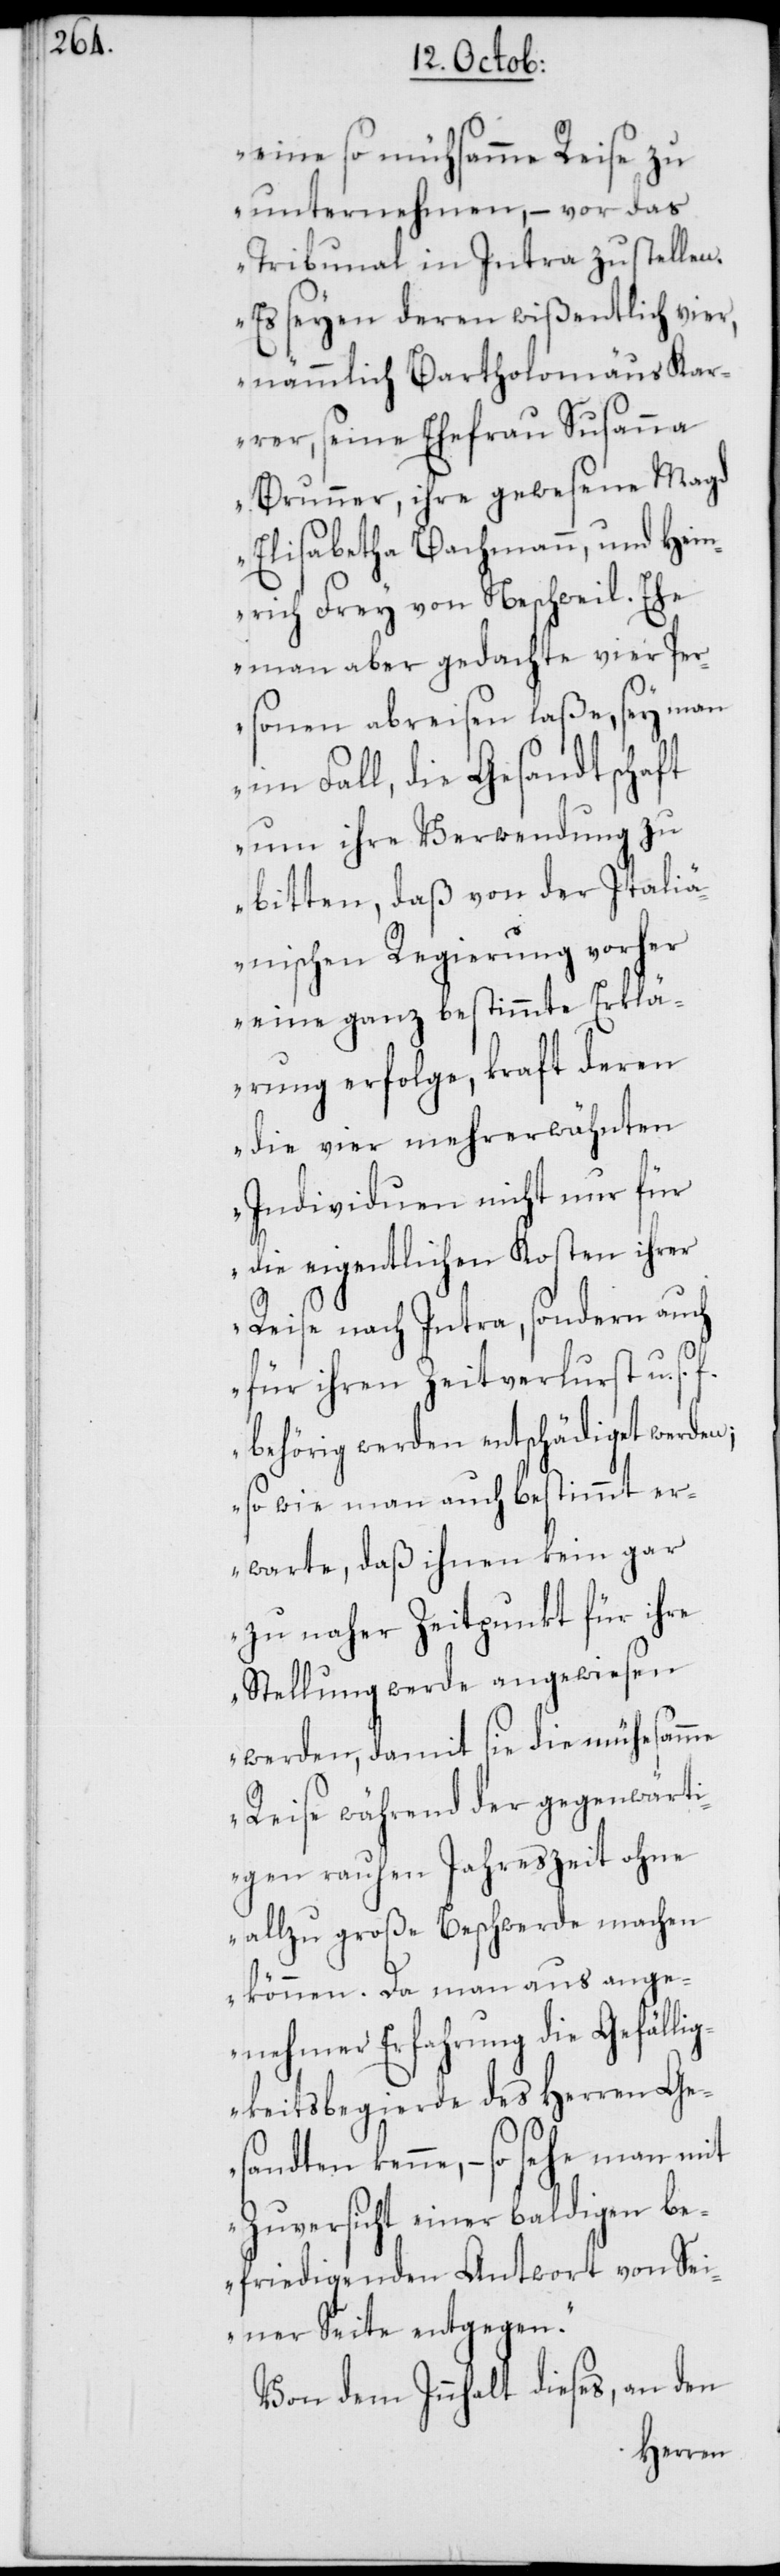
eine so mühsamme Reise zu
unternehmen, – vor das
Tribunal in Intra zu stellen.
Es seyen deren wißentlich vier,
nämmlich Bartholomäus Kar¬
rer, seine Ehefrau Susanna
Brunner, ihre gewesene Magd
Elisabetha Bachmann und Hein¬
rich Frey von Neschweil. Ehe
man aber gedachte vier Per¬
sonen abreisen laße, sey man
im Fall, die Gesandtschaft
um ihre Verwendung zu
bitten, daß von der Italiä¬
nischen Regierung vorher
eine ganz bestimmte Erklä¬
rung erfolge, kraft deren
die vier mehrerwähnten
Individuen nicht nur für
die eigentlichen Kosten ihrer
Reise nach Intra, sondern auch
für ihren Zeitverlurst u. s.
behörig werden entschädiget werden;
so wie man auch bestimmt er¬
warte, daß ihnen kein gar
zu naher Zeitpunkt für ihre
Stellung werde angewiesen
werden, damit sie die mühsamme
Reise während der gegenwärti¬
gen rauhen Jahreszeit ohne
allzu große Beschwerde machen
können. Da man aus ange¬
nehmer Erfahrung die Gefäll¬
igkeitsbegierde des Herren Ge¬
sandten kenne, – so sehe man mit
Zuversicht einer baldigen be¬
friedigenden Antwort von Sei¬
ner Seite entgegen.“
Von dem Innhalt dieses, an den